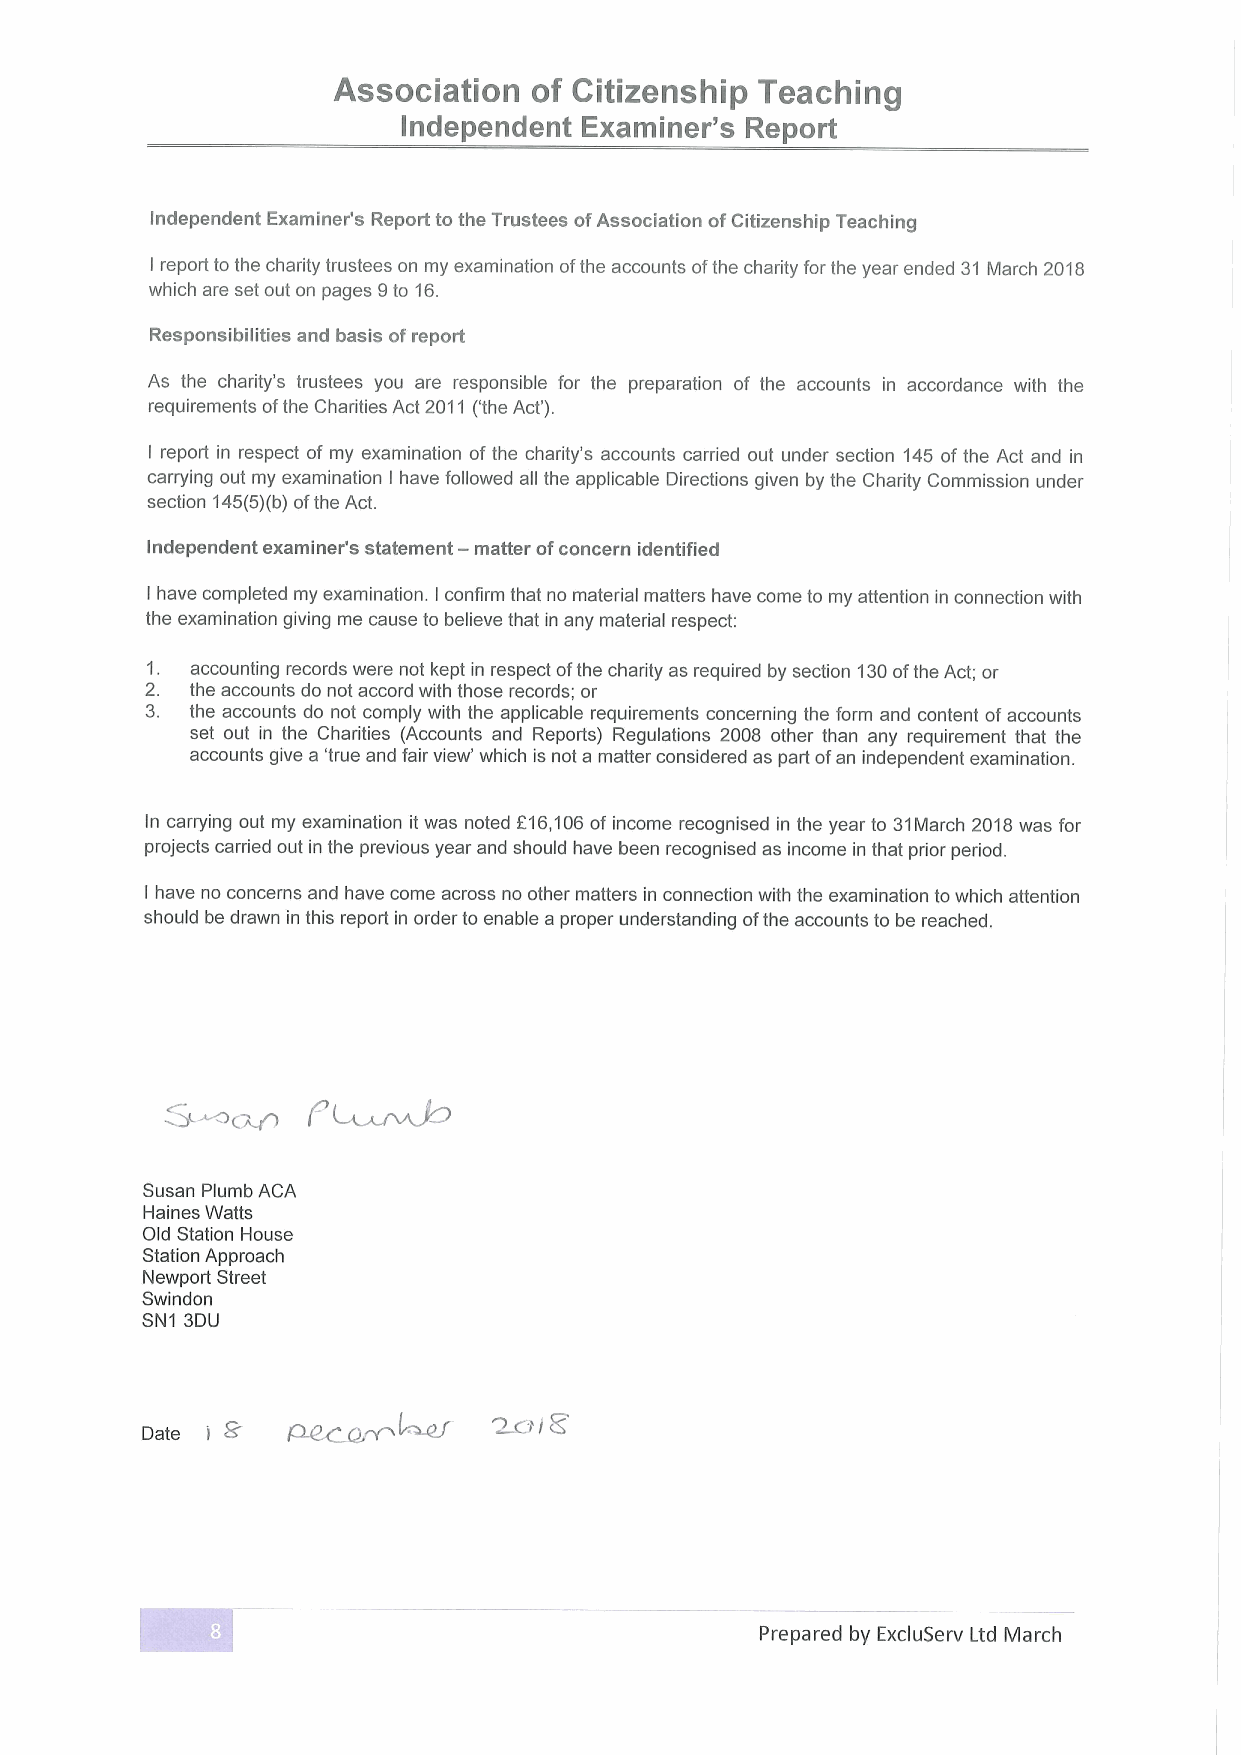
Association  of Citizenship Teaching
 Independent Examiner's Report
 Independent Examiner's Report to the Trustees ofAssociation ofCitizenship Teaching
 I report to the charity trustees on my examination ofthe accounts ofthe charity for the year ended 31 March 2018
 which are set out on pages 9to 16.
 Responsibilities and basis ofreport
 As the charity's trustees you are responsible for the preparation of the accounts in accordance with the
 requirements ofthe Charities Act 2011 ('the Act').
 I report in respect of my examination of the charity's accounts carried out under section 145 of the Act and in
 carrying out my examination I have followed all the applicable Directions given by the Charity Commission under
 section 145(5)(b)ofthe Act.
 Independent examiner's statement —matter ofconcern identified
 I have completed my examination. I confirm that no material matters have come to my attention in connection with
 the examination giving me cause to believe that in any material respect:
 1. accounting records were not kept in respect ofthe charity as required by section 130ofthe Act; or
 2. the accounts do not accord with those records; or
 3. the accounts do not comply with the applicable requirements concerning the form and content ofaccounts
 set out in the Charities (Accounts and Reports) Regulations 2008 other than any requirement that the
 accounts give a 'true and fair view' which is not a matter considered as part ofan independent examination.
 In carrying out my examination it was noted f16,106of income recognised in the year to 31March 2018was for
 projects carried out in the previous year and should have been recognised as income in that prior period.
 I have no concerns and have come across no other matters in connection with the examination towhich attention
 should be drawn in this report in order to enable a proper understanding ofthe accounts to be reached.
 Susan Plumb ACA
 Haines Watts
 Old Station House
 Station Approach
 Newport Street
 Swindon
 SN1 3DU
 ~~
 8'
 Date      P-e&,0.
 I
 Prepared by ExcluServ Ltd March